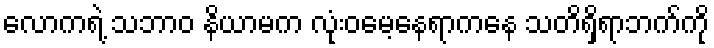
လောကရဲ့ သဘာဝ နိယာမက လုံးဝမေ့နေရာကနေ သတိရှိရာဘက်ကို